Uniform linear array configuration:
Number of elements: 64
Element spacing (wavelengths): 0.75
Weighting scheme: hann
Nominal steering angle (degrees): -30
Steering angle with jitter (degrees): -28.088
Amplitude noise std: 0.05
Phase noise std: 0.05

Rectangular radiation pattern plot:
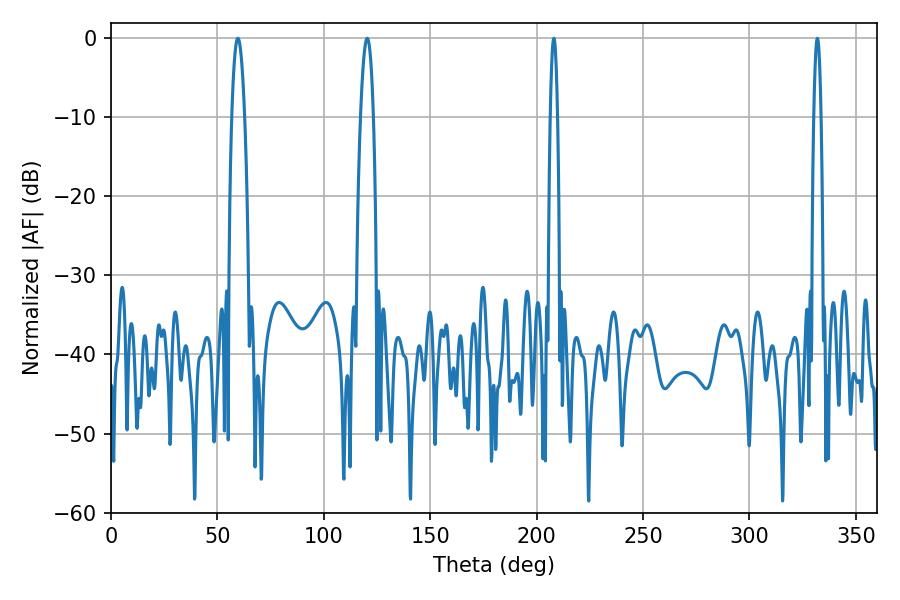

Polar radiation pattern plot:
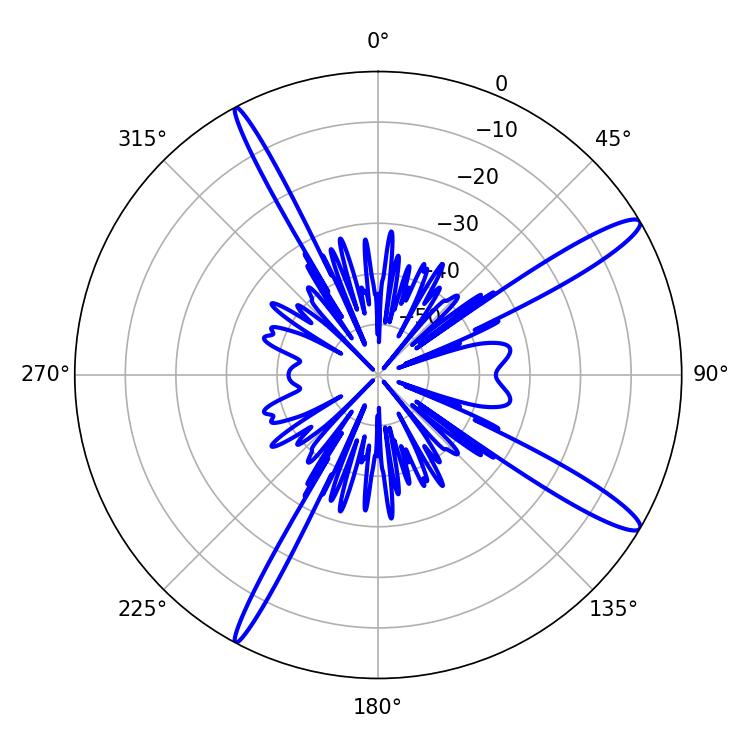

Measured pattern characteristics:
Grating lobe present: TRUE
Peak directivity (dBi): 14.246
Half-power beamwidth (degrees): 1.8
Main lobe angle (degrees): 208.08